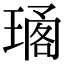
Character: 𤧱